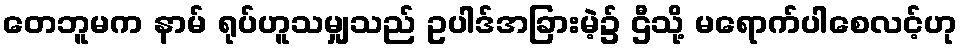
တေဘူမက နာမ် ရုပ်ဟူသမျှသည် ဥပါဒ်အခြားမဲ့၌ ဌီသို့ မရောက်ပါစေလင့်ဟု